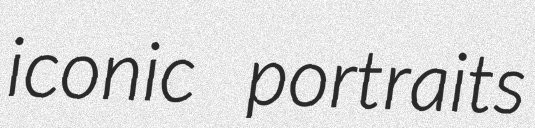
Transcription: iconic portraits